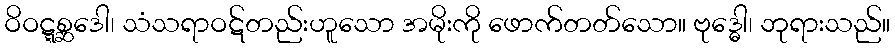
ဝိဝဋ္ဋစ္ဆဒေါ၊ သံသရာဝဋ်တည်းဟူသော အမိုးကို ဖောက်တတ်သော။ ဗုဒ္ဓေါ၊ ဘုရားသည်။